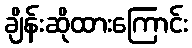
ချိန်းဆိုထားကြောင်း